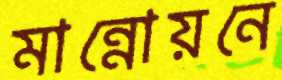
মান্নোয়নে